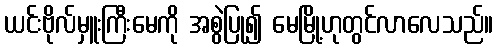
ယင်းဗိုလ်မှူးကြီးမေကို အစွဲပြု၍ မေမြို့ဟုတွင်လာလေသည်။